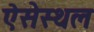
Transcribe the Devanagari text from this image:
ऐसेस्थल